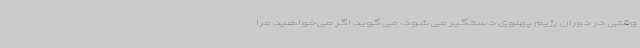
وقتی در دوران رژیم پهلوی دستگیر می‌شود، می‌گوید اگر می‌خواهید مرا